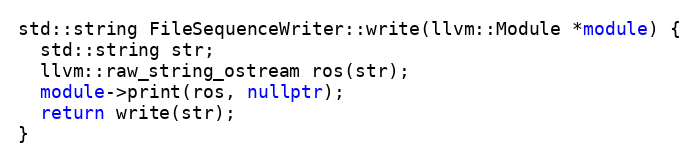
Language: C++
std::string FileSequenceWriter::write(llvm::Module *module) {
  std::string str;
  llvm::raw_string_ostream ros(str);
  module->print(ros, nullptr);
  return write(str);
}